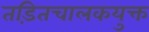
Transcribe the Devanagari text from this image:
तड़ितचालकयुक्त